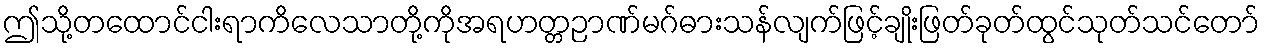
ဤသို့တထောင်ငါးရာကိလေသာတို့ကိုအရဟတ္တဉာဏ်မဂ်ဓားသန်လျက်ဖြင့်ချိုးဖြတ်ခုတ်ထွင်သုတ်သင်တော်